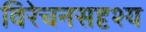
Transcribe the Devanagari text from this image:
विरेचनसदृश्य